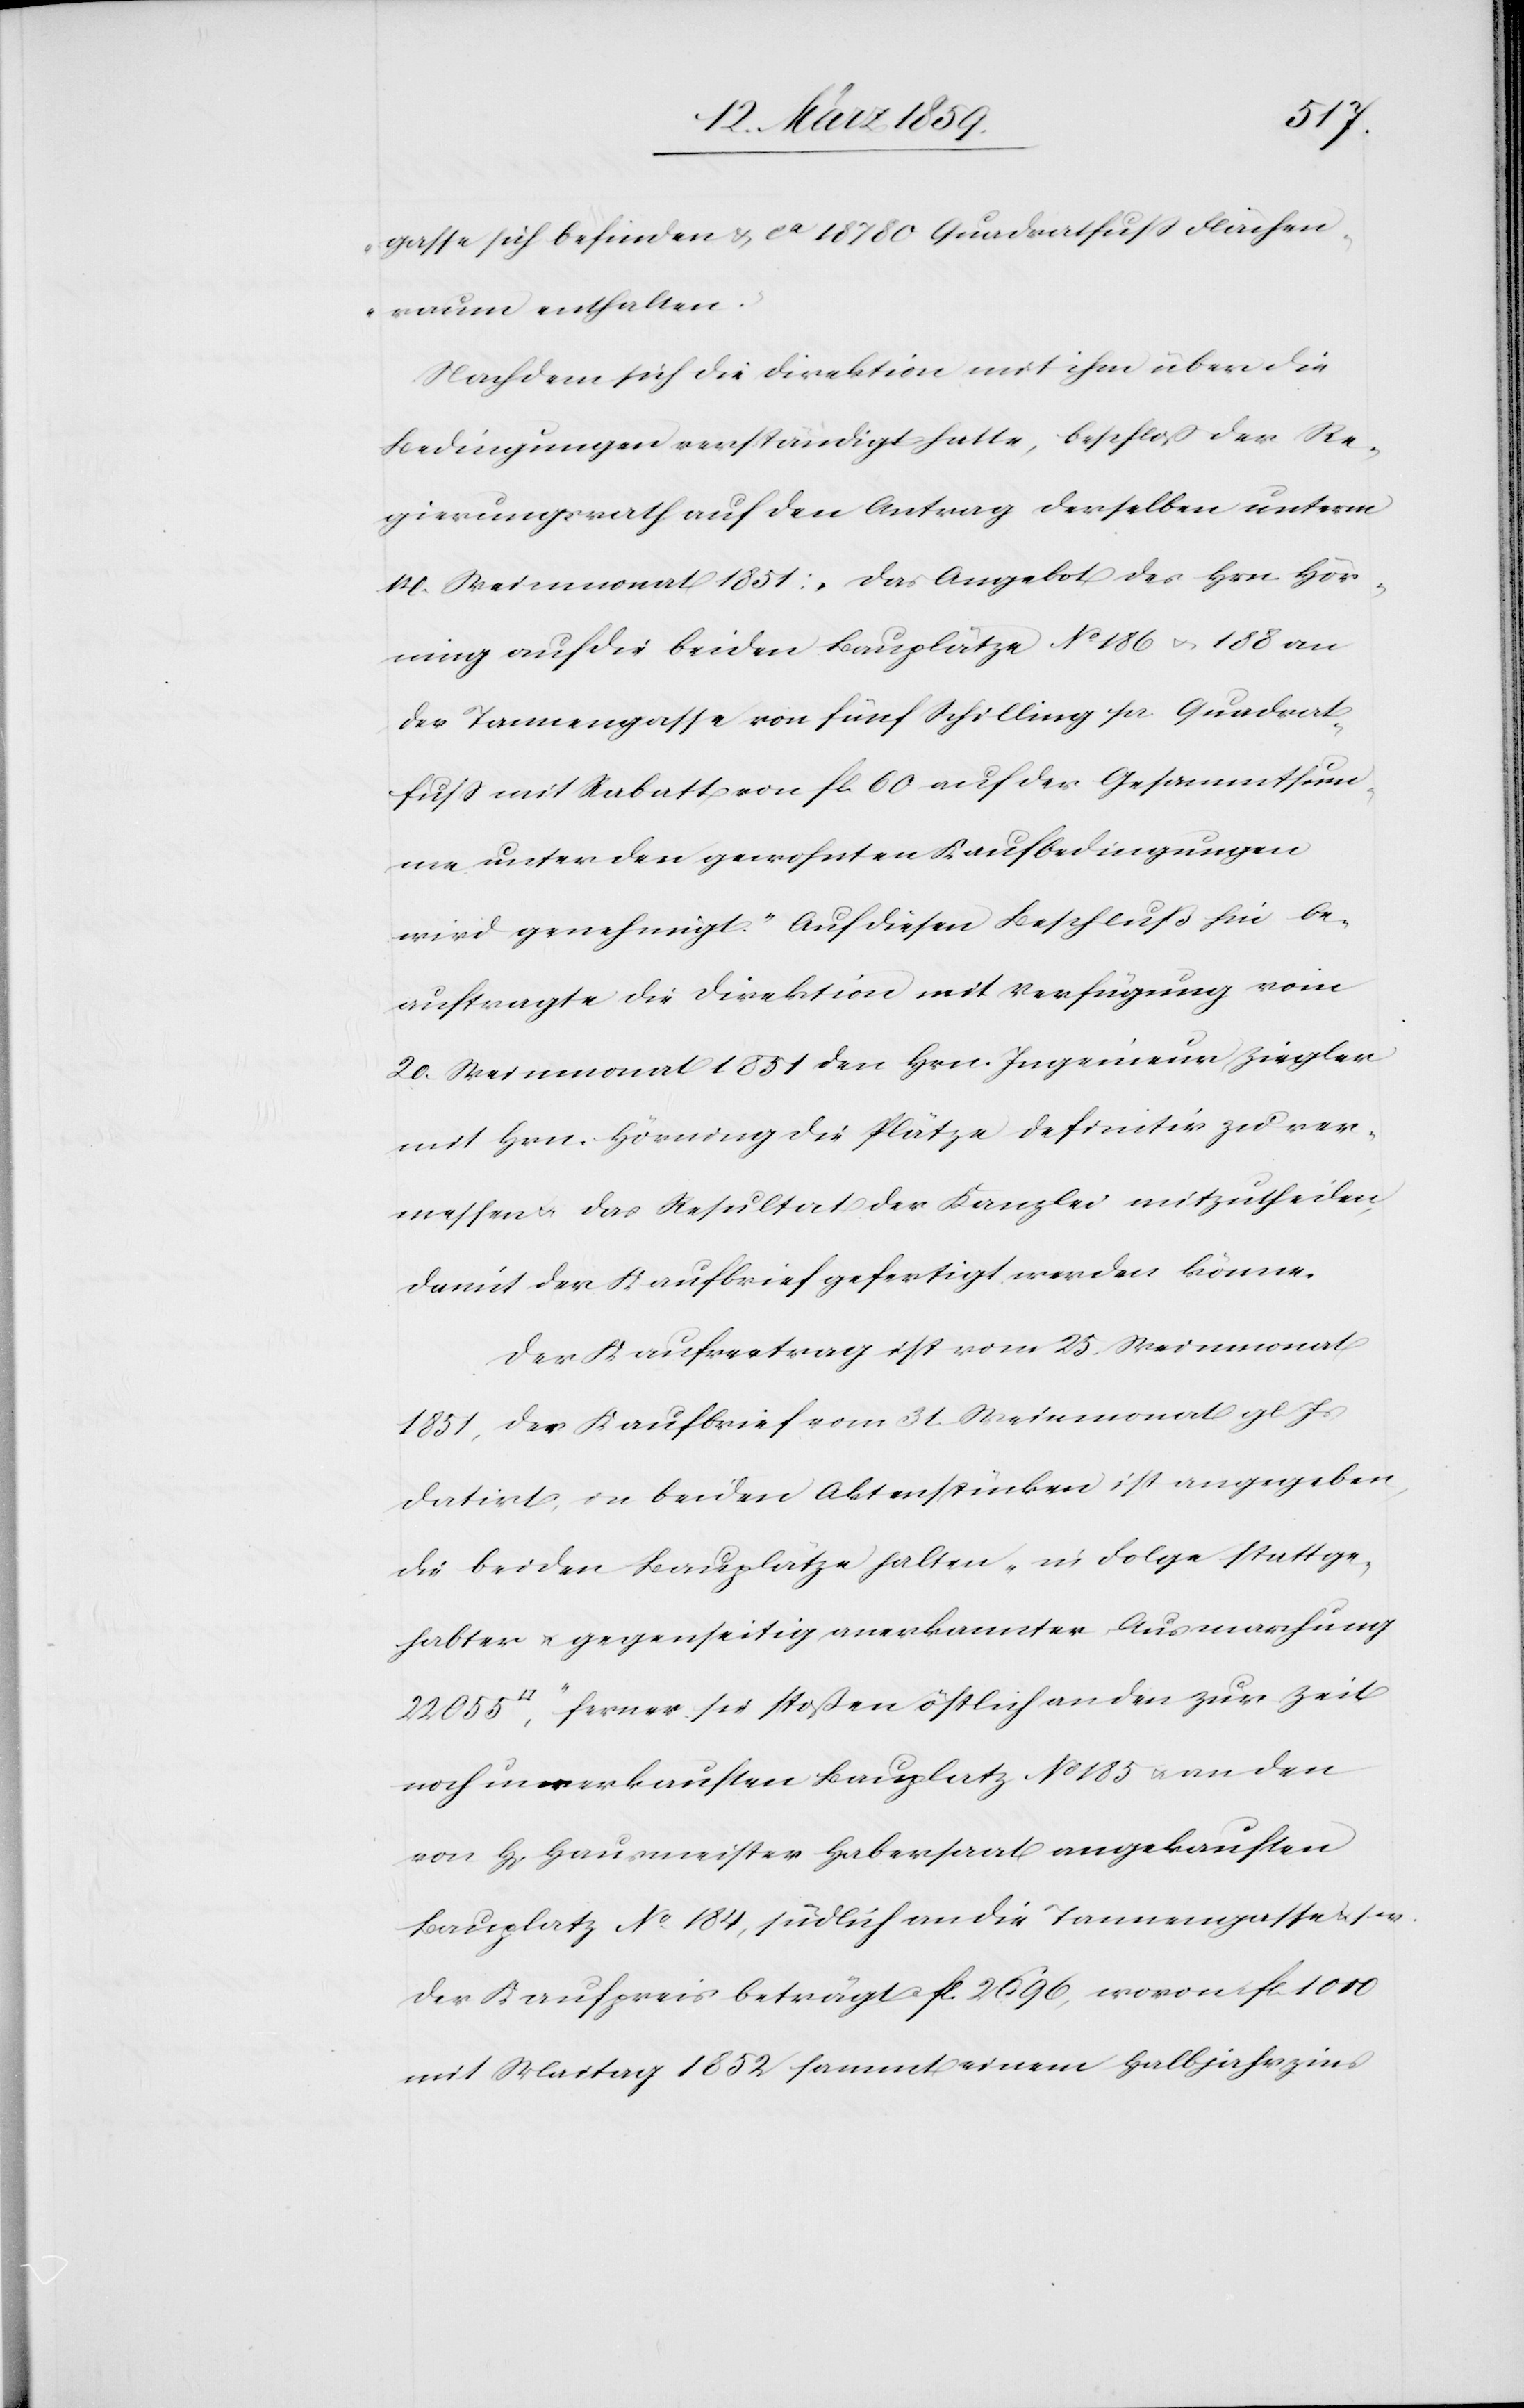
gasse sich befinden & ca 18 780 Quadratfuß Flächen¬
raum enthalten.“
Nachdem sich die Direktion mit ihm über die
Bedingungen verständigt hatte, beschloß der Re¬
gierungsrath auf den Antrag derselben unterm
14. Weinmonat 1851: „das Angebot des Hrn. Hör¬
ning auf die beiden Bauplätze No 186 u.188 an
der Tannengasse von fünf Schilling per Quadrat¬
fuß mit Rabatt von fl. 60 auf der Gesammtsum¬
me unter den gewohnten Kaufbedingungen
wird genehmigt.“ Auf diesen Beschluß hin be¬
auftragte die Direktion mit Verfügung vom
20. Weinmonat 1851 den Hrn. Ingenieur Ziegler
mit Hrn. Hörning die Plätze definitv zu ver¬
messen u. das Resultat der Kanzlei mitzutheilen,
damit der Kaufbrief gefertigt werden könne.
Der Kaufvertrag ist vom 25. Weinmonat
1851, der Kaufbrief vom 31. Weinmonat gl. Js
datirt, in beiden Aktenstücken ist angegeben,
die beiden Bauplätze halten „in Folge stattge¬
habter u. gegenseitig anerkannter Ausmarchung
Quadratfuß“, ferner sie stoßen östlich an den zur Zeit
noch unverkauften Bauplatz No 185 u. an den
von H[errn] Hausmeister Habersaat angekauften
Bauplatz No 184, südlich an die Tannengasse u. s. w.
Der Kaufpreis beträgt fl. 2696, wovon fl. 1000
mit Maitag 1852 sammt einem Halbjahrzins